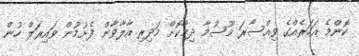
ކޮންމެ އަހަރެއްގެ ވިއްސާރަ މޫސުމާ ދިމާކޮށް މަދިރި އާލާވާން ފެށުމުން ވައިރަލް ހުން